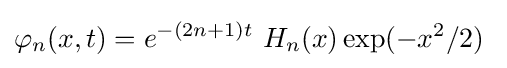
\varphi _{n}(x,t)=e^{-(2n+1)t}~H_{n}(x)\exp(-x^{2}/2)~